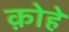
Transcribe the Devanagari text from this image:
क़ोहे